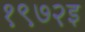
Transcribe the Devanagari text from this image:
१९७२इ